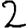
Digit: 2